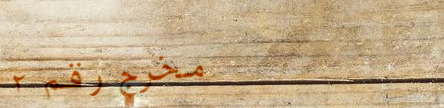
مخرج رقم ٢